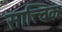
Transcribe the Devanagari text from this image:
सात्त्विकः